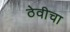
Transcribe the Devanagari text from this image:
ठेवीचा